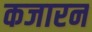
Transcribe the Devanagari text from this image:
कजारन